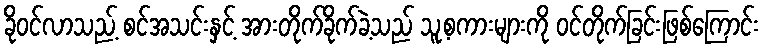
ခိုဝင်လာသည့် စင်အသင်းနှင့် အားတိုက်ခိုက်ခဲ့သည် သူ့စကားများကို ဝင်တိုက်ခြင်းဖြစ်ကြောင်း